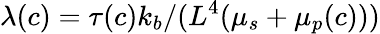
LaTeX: \lambda(c)=\tau(c)k_{b}/(L^{4}(\mu_{s}+\mu_{p}(c)))